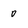
Character: 0